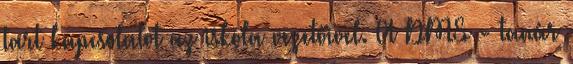
tart kapcsolatot az iskola vezetőivel. A DMS - tanár